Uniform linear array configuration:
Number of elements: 48
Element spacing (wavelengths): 1
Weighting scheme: hamming
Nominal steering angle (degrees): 15
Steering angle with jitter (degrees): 14.861
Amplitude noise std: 0.05
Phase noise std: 0.05

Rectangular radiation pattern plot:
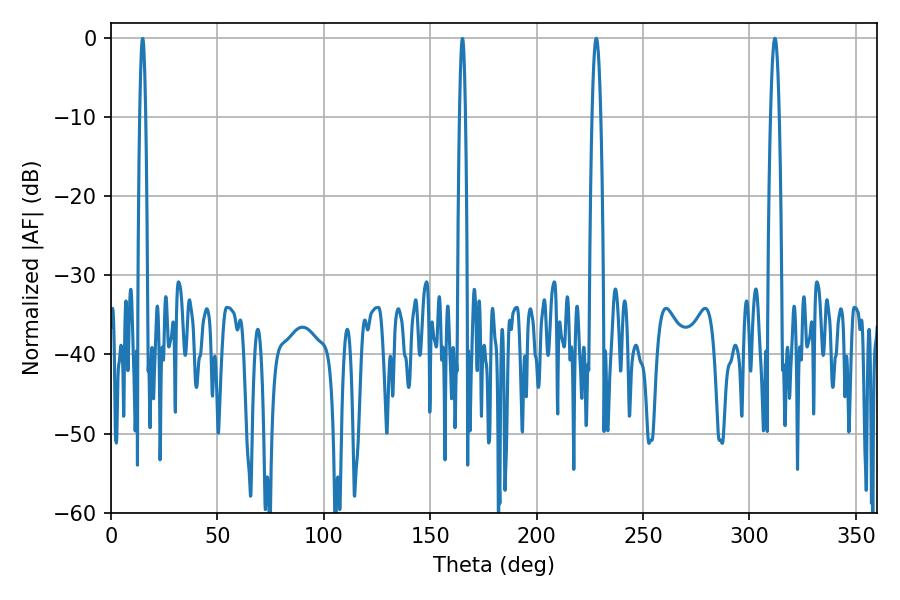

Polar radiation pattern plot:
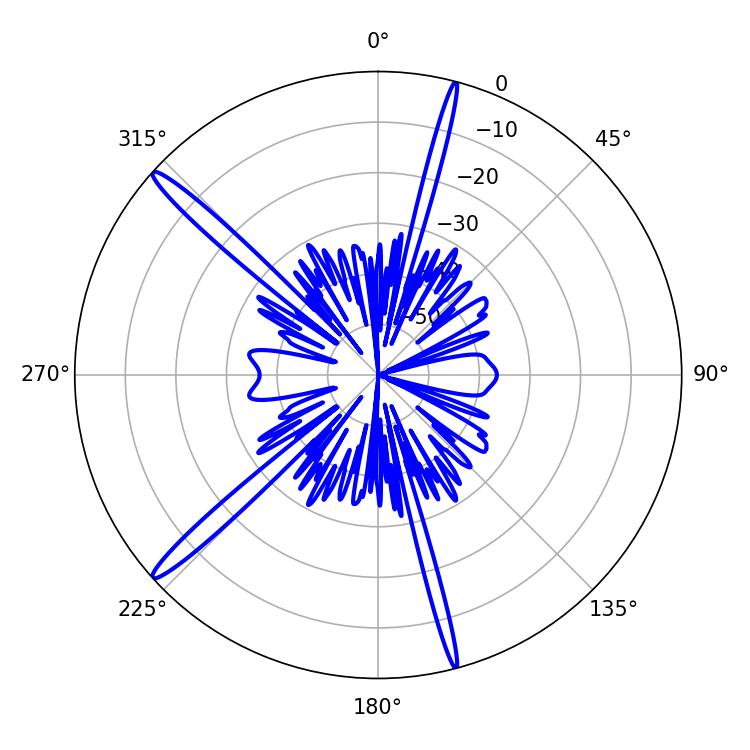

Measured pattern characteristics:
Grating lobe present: TRUE
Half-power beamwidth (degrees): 2.16
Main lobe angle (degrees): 311.94